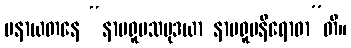
မနာယတနေ “နာမရူပသမုဒယာ နာမရူပနိရောဓာ”တိ။